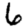
Digit: 6